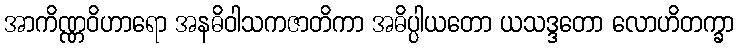
အာကိဏ္ဏဝိဟာရော အနဓိဝါသကဇာတိကာ အဓိပ္ပါယတော ယသဒ္ဒတော လောဟိတက္ခာ